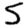
Digit: 5